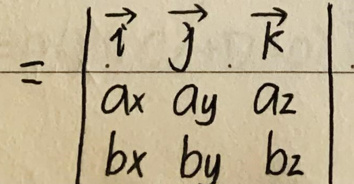
\[
= \begin{vmatrix}
\vec{i} & \vec{j} & \vec{k} \\
a_x & a_y & a_z \\
b_x & b_y & b_z
\end{vmatrix}
\]